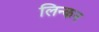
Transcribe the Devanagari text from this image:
लिन्कन